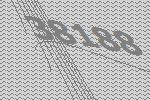
38188